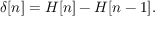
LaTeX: \delta [ n ] = H [ n ] - H [ n - 1 ] .